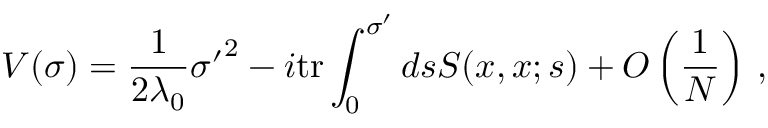
V ( \sigma ) = \frac { 1 } { 2 \lambda _ { 0 } } { \sigma ^ { \prime } } ^ { 2 } - i \mathrm { t r } \int _ { 0 } ^ { \sigma ^ { \prime } } d s S ( x , x ; s ) + O \left( \frac { 1 } { N } \right) \, ,